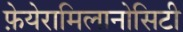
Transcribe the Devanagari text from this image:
फ़ेयेरामिलानोसिटी